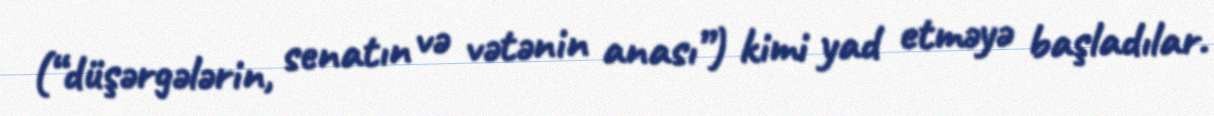
(“düşərgələrin, senatın və vətənin anası”) kimi yad etməyə başladılar.